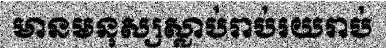
មានមនុស្សស្លាប់រាប់រយរាប់